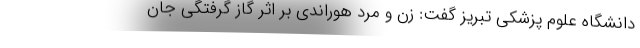
دانشگاه علوم پزشکی تبریز گفت: زن و مرد هوراندی بر اثر گاز گرفتگی جان